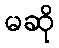
မဆို